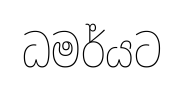
ධමර්යට